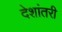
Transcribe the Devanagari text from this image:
देशांतरी